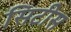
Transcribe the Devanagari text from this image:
सिटीस